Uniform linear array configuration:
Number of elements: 16
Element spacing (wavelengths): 1
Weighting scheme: cosine
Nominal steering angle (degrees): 30
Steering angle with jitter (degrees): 30.846
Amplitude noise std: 0.05
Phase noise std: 0.05

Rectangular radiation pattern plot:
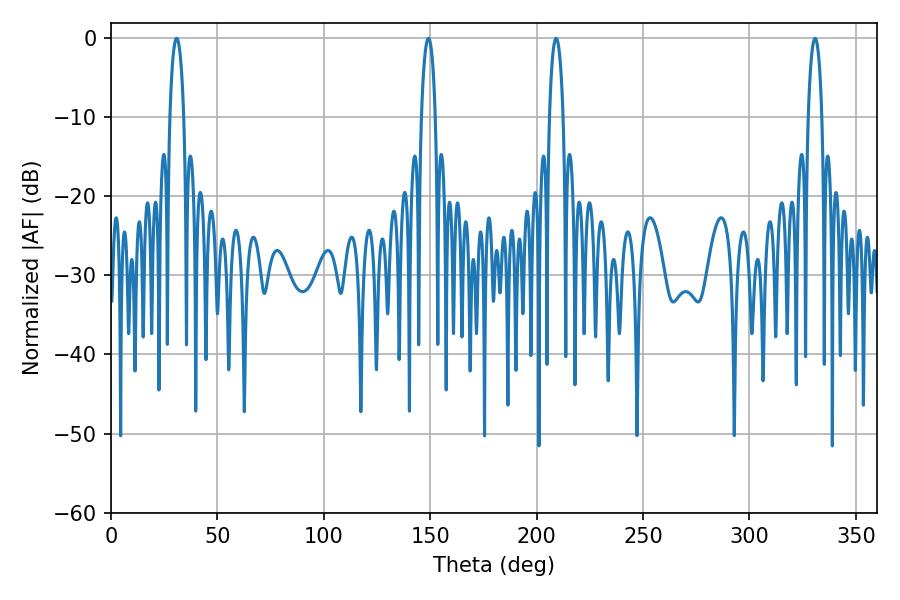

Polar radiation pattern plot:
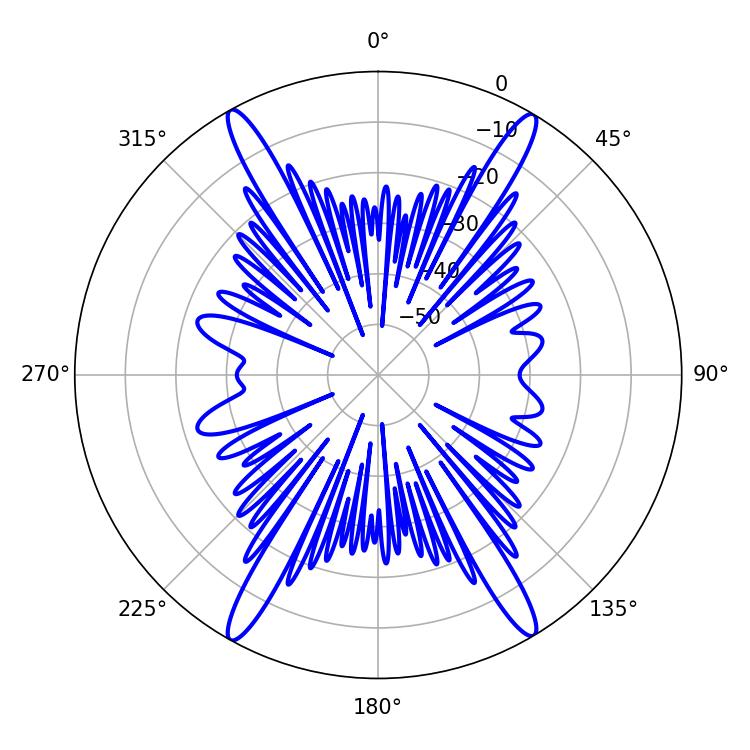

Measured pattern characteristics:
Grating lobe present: TRUE
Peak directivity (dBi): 26.651
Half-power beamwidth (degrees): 3.6
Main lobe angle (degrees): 209.16